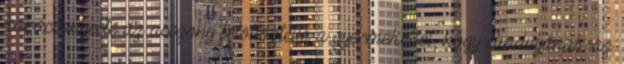
karácsonyeste az asszony felöltöztette a gyermekeket, hogy elinduljanak az